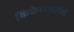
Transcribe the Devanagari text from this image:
क्रिकेटसाठीची